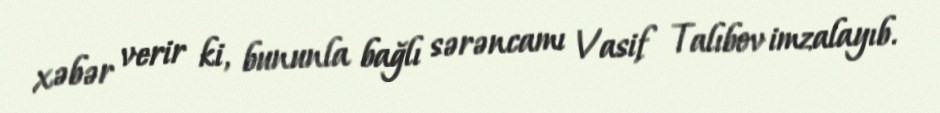
xəbər verir ki, bununla bağlı sərəncamı Vasif Talıbov imzalayıb.